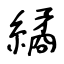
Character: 繘